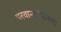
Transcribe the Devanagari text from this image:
परवानगीनंतरच